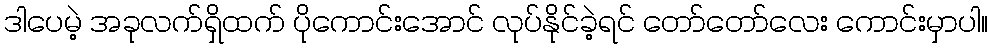
ဒါပေမဲ့ အခုလက်ရှိထက် ပိုကောင်းအောင် လုပ်နိုင်ခဲ့ရင် တော်တော်လေး ကောင်းမှာပါ။